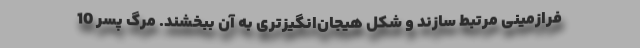
فرازمینی مرتبط سازند و شکل هیجان‌انگیزتری به آن ببخشند. مرگ پسر 10